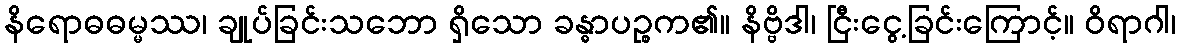
နိရောဓဓမ္မဿ၊ ချုပ်ခြင်းသဘော ရှိသော ခန္ဓာပဉ္စက၏။ နိဗ္ဗိဒါ၊ ငြီးငွေ့ခြင်းကြောင့်။ ဝိရာဂါ၊